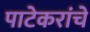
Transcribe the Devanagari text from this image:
पाटेकरांचे